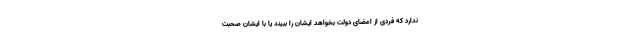
ندارد که فردی از اعضای دولت بخواهد ایشان را ببیند یا با ایشان صحبت